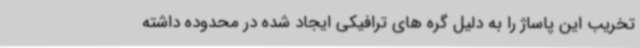
تخریب این پاساژ را به دلیل گره های ترافیکی ایجاد شده در محدوده داشته